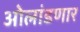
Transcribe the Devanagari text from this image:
ओलांडणार